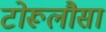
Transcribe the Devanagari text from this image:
टोरूलौसा